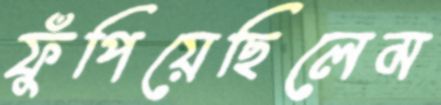
ফুঁপিয়েছিলেম